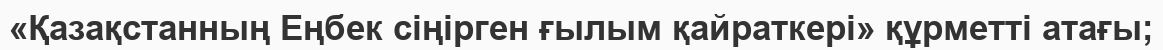
«Қазақстанның Еңбек сіңірген ғылым қайраткері» құрметті атағы;